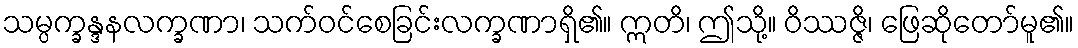
သမ္ပက္ခန္ဒနလက္ခဏာ၊ သက်ဝင်စေခြင်းလက္ခဏာရှိ၏။ ဣတိ၊ ဤသို့။ ဝိဿဇ္ဇိ၊ ဖြေဆိုတော်မူ၏။